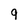
Character: 9